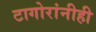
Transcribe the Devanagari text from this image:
टागोरांनीही